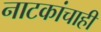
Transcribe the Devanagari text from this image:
नाटकांचाही